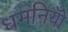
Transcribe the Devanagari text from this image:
धमनियोँ